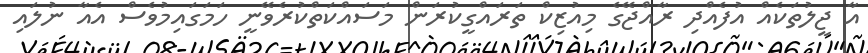
އާ ޖީލުތަކެއް އުފެއްދި ރާއްޖޭގެ މިއުޒިކް ތަރައްގީކުރަން މަސައްކަތްކުރެވޭނީ ހަމަގައިމުވެސް އެއާ ނުލައި